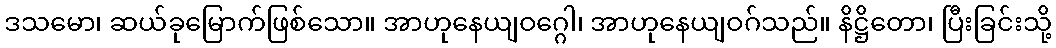
ဒသမော၊ ဆယ်ခုမြောက်ဖြစ်သော။ အာဟုနေယျဝဂ္ဂေါ၊ အာဟုနေယျဝဂ်သည်။ နိဋ္ဌိတော၊ ပြီးခြင်းသို့